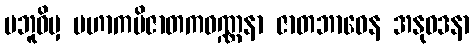
ဗဘူဝိမှ မဟာကပိဇာတကဝဏ္ဏနာ ဇာတဘာဝေန အနုဝဒနာ